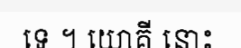
ទេ ។ យោគី នោះ